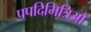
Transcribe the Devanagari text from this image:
पपदिमित्रिऔ